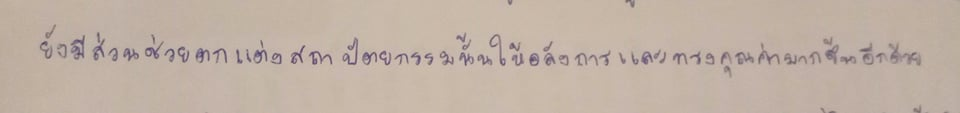
ยังมีส่วนช่วยตกแต่งสถาปัตยกรรมนั้นให้อลังการและทรงคุณค่ามากขึ้นอีกด้วย